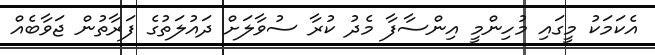
އެކަމަކު މީގައި މުހިންމީ އިންސާފާ މެދު ކުރާ ސުވާލަށް ދައުލަތުގެ ފަރާތުން ޖަވާބެއް